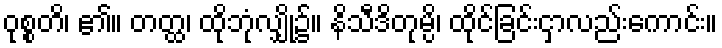
ဝုစ္စတိ၊ ၏။ တတ္ထ၊ ထိုဘုံလျှို၌။ နိသီဒိတုမ္ပိ၊ ထိုင်ခြင်းငှာလည်းကောင်း။